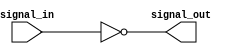
module NOT_gate (
    input wire signal_in,
    output wire signal_out
);

assign signal_out = ~signal_in;

endmodule